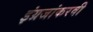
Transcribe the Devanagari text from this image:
इंग्रजांकरवी